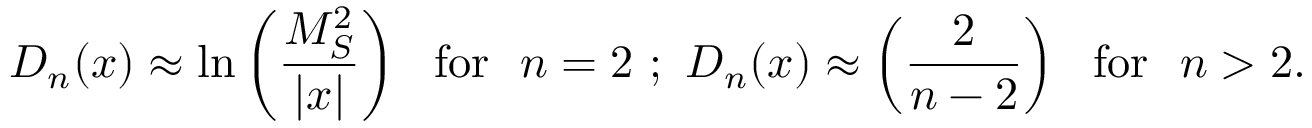
D _ { n } ( x ) \approx \ln \left( \frac { M _ { S } ^ { 2 } } { | x | } \right) \, \, \, \, \mathrm { f o r } \, \, \, \, n = 2 \, \, ; \, \, D _ { n } ( x ) \approx \left( \frac { 2 } { n - 2 } \right) \, \, \, \, \mathrm { f o r } \, \, \, \, n > 2 .